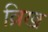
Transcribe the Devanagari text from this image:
व्रिख